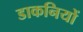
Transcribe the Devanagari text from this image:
डाकनियों